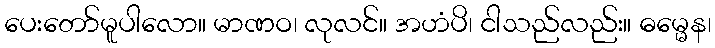
ပေးတော်မူပါလော။ မာဏဝ၊ လုလင်။ အဟံပိ၊ ငါသည်လည်း။ ဓမ္မေန၊